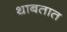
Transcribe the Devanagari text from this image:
थाबतात